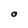
Character: O